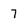
Character: 7